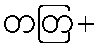
တတြ+